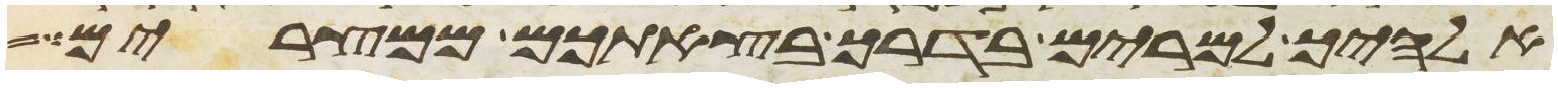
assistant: אלהיך למרים בדרך בצאתכם ממצרים